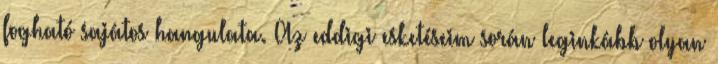
fogható sajátos hangulata. Az eddigi esketéseim során leginkább olyan